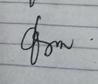
Signature authenticity: genuine